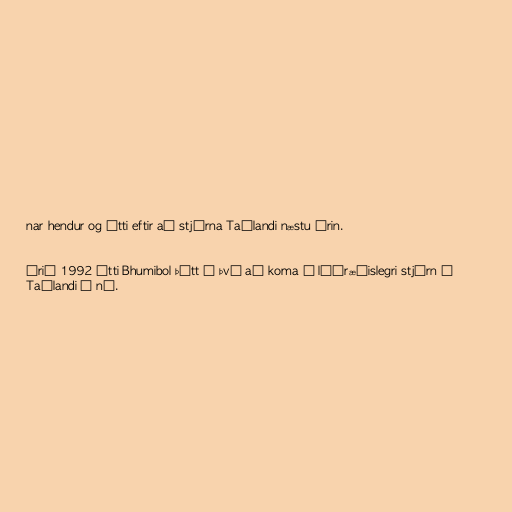
nar hendur og átti eftir að stjórna Taílandi næstu árin.

Árið 1992 átti Bhumibol þátt í því að koma á lýðræðislegri stjórn í
Taílandi á ný.